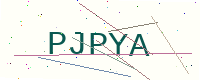
Text: PJPYA